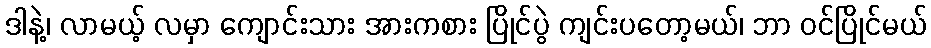
ဒါနဲ့၊ လာမယ့် လမှာ ကျောင်းသား အားကစား ပြိုင်ပွဲ ကျင်းပတော့မယ်၊ ဘာ ဝင်ပြိုင်မယ်